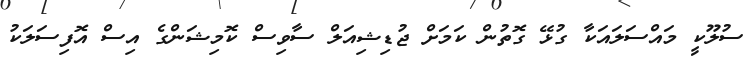
ސުލޫކީ މައްސަލައަކާ ގުޅޭ ގޮތުން ކަމަށް ޖުޑިޝިއަލް ސާވިސް ކޮމިޝަންގެ އިސް އޮފިސަލަކު